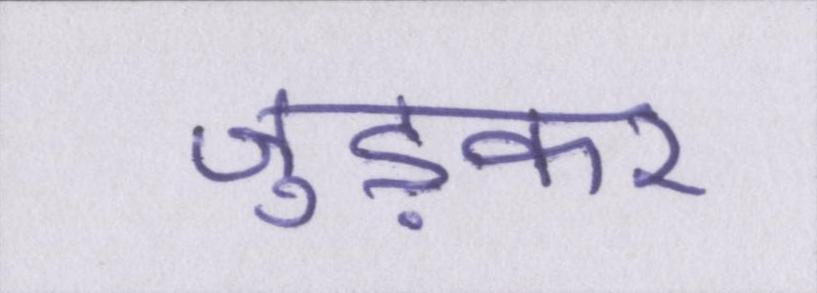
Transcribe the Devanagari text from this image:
जुड़कर